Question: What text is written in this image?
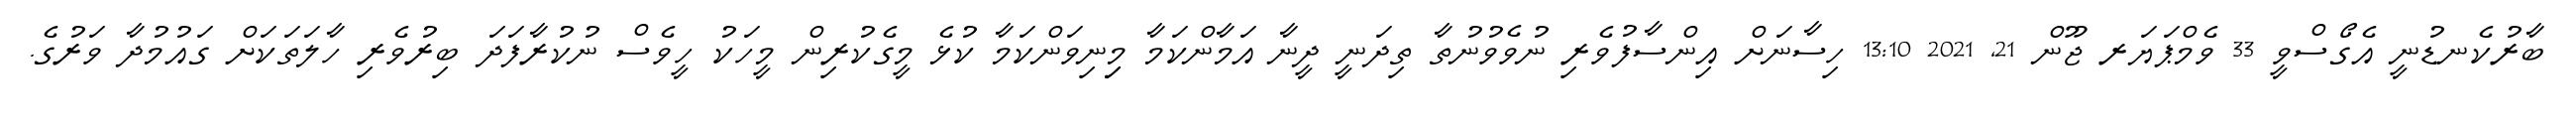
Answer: ބާރުކެނޑުނީ އެގޯސްވީ 33 ވެމްޕަޔަރ ޖޫން 21, 2021 13:10 ހިސާނަށް އިންސާފުވެރި ނުވެވުނުތާ ތިދަނީ ދީނާ އަމާންކަމާ މިިނިވަންކަމާ ކުޅެ މީގެކުރިން މީހަކު ހީވެސް ނުކުރާފަދަ ބިރުވެރި ހާލަތަކަށް ގައުމުދާ ވަރުގެ.